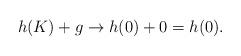
LaTeX: \begin{align*} h(K) + g \to h(0) +0 = h(0).\end{align*}